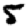
Digit: 5